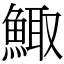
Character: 鯫